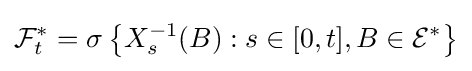
{\mathcal {F}}_{t}^{*}=\sigma \left\{X_{s}^{-1}(B):s\in [0,t],B\in {\mathcal {E}}^{*}\right\}